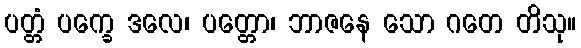
ပတ္တံ ပက္ခေ ဒလေ၊ ပတ္တော၊ ဘာဇနေ သော ဂတေ တိသု။